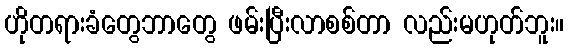
ဟိုတရားခံတွေဘာတွေ ဖမ်းပြီးလာစစ်တာ လည်းမဟုတ်ဘူး။